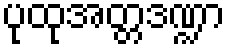
ပုထုအတ္တဒဏ္ဍာ